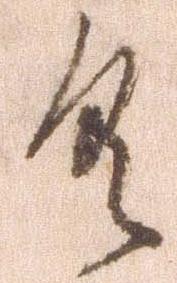
具